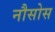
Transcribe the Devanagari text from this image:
नौसोस